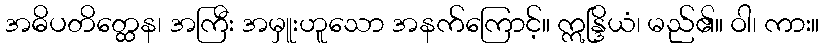
အဓိပတိတ္ထေန၊ အကြီး အမှူးဟူသော အနက်ကြောင့်။ ဣန္ဒြိယံ၊ မည်၏။ ဝါ၊ ကား။